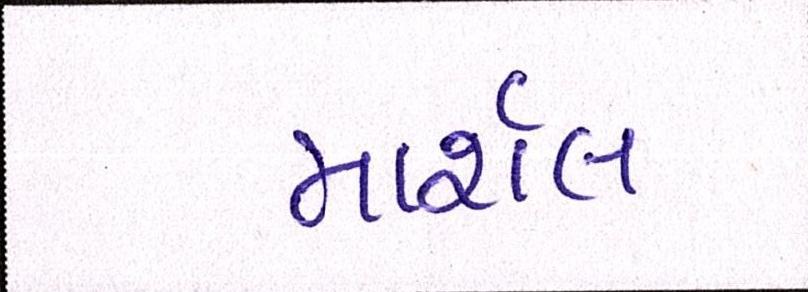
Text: માર્શલ